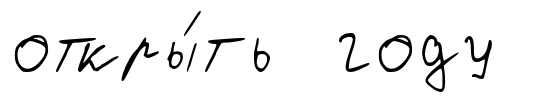
откры́ть году